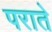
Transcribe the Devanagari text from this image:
पराते